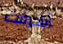
أشرقت